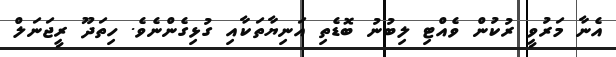
އެނާ މަރުވީ ރުކުން ވެއްޓި ލިބުނު ބޮޑެތި އަނިޔާތަކާއި ގުޅިގެންނެވެ. ހިތަދޫ ރީޖަަނަލް